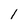
Character: 1